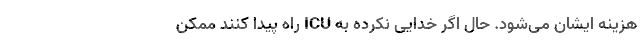
هزینه ایشان می‌شود. حال اگر خدایی نکرده به ICU راه پیدا کنند ممکن